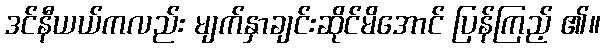
ဒင်နီယယ်ကလည်း မျက်နှာချင်းဆိုင်မိအောင် ပြန်ကြည့် ၏။